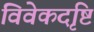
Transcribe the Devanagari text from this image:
विवेकदृष्टि